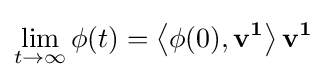
\lim _{t\to \infty }\phi (t)=\left\langle \phi (0),\mathbf {v^{1}} \right\rangle \mathbf {v^{1}}